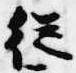
従